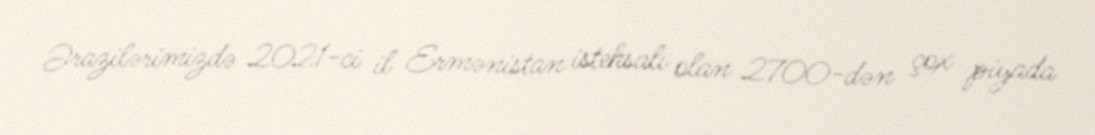
Ərazilərimizdə 2021-ci il Ermənistan istehsalı olan 2700-dən çox piyada